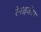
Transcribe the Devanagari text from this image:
रेनाइजेंका